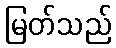
မြတ်သည်